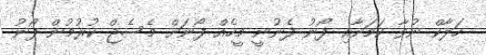
ހަލާކް ނުވާ ކަމަށާއި ފޯނު ފެނުނީ މީހެއް ފޯނަށް މެސެޖް ކުރުމުން ފޯނު